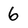
Character: 6